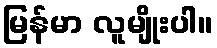
မြန်မာ လူမျိုးပါ။